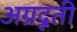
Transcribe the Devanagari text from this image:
अग्रदूती